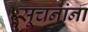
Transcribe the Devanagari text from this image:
सूचनांना